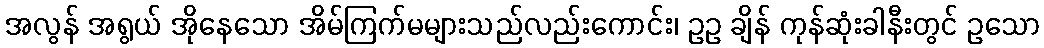
အလွန် အရွယ် အိုနေသော အိမ်ကြက်မများသည်လည်းကောင်း၊ ဥဥ ချိန် ကုန်ဆုံးခါနီးတွင် ဥသော